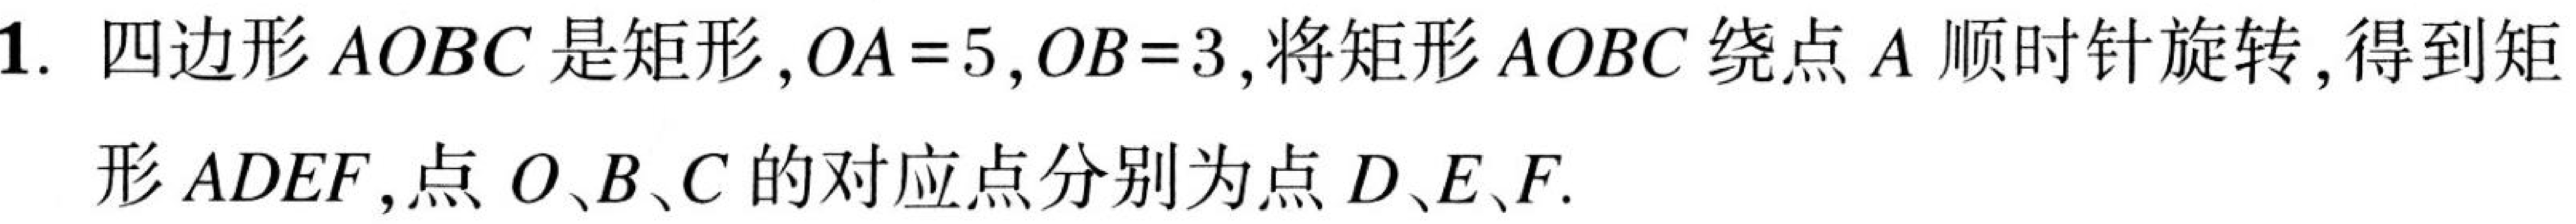
1. 四边形\(AOBC\)是矩形，\(OA = 5\)，\(OB = 3\)，将矩形\(AOBC\)绕点\(A\)顺时针旋转，得到矩
形\(ADEF\)，点\(O、B、C\)的对应点分别为点\(D、E、F\).